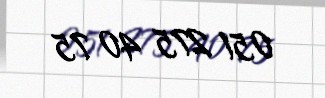
051 275 40 75